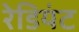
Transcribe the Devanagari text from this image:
रेडियंट